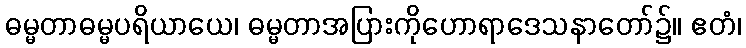
ဓမ္မတာဓမ္မပရိယာယေ၊ ဓမ္မတာအပြားကိုဟောရာဒေသနာတော်၌။ ဧတံ၊